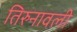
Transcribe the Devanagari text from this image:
तिरुनावली